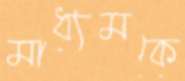
মাধ্যমকে